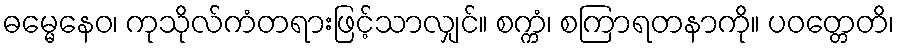
ဓမ္မေနေဝ၊ ကုသိုလ်ကံတရားဖြင့်သာလျှင်။ စက္ကံ၊ စကြာရတနာကို။ ပဝတ္တေတိ၊